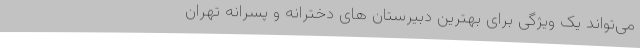
می‌تواند یک ویژگی برای بهترین دبیرستان های دخترانه و پسرانه تهران